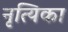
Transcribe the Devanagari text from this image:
नृत्यिका